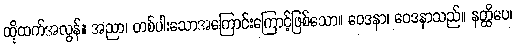
ထိုထက်အလွန်။ အညာ၊ တစ်ပါးသောအကြောင်းကြောင့်ဖြစ်သော။ ဝေဒနာ၊ ဝေဒနာသည်။ နတ္ထိပေ၊